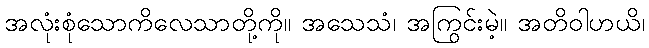
အလုံးစုံသောကိလေသာတို့ကို။ အသေသံ၊ အကြွင်းမဲ့။ အတိဝါဟယိ၊